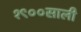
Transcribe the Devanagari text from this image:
१९००साली